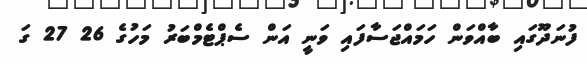
ފުނަދޫގައި ބާއްވަން ހަމައްޖަސާފައި ވަނީ އަން ސެޕްޓެމްބަރު މަހުގެ 26 27 ގަ